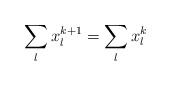
LaTeX: \begin{align*}\sum_{l}x^{k+1}_{l}=\sum_{l}x^{k}_{l}\end{align*}